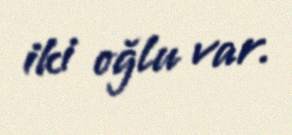
iki oğlu var.